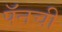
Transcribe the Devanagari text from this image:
पॅनची